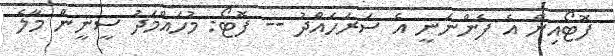
ފޮޓޯއިން އެ ފެންނަނީ އެ ސަރަހައްދު -- ފޮޓޯ: މުހައްމަދު ސީނީން މާލެ